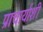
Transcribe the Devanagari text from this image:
प्राचार्याशी